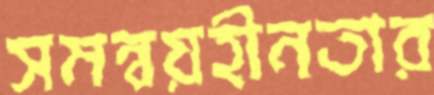
সমন্বয়হীনতার